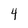
Character: 4